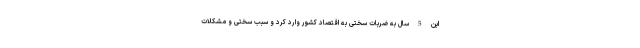
این 5 سال به ضربات سختی به اقتصاد کشور وارد کرد و سبب سختی و مشکلات